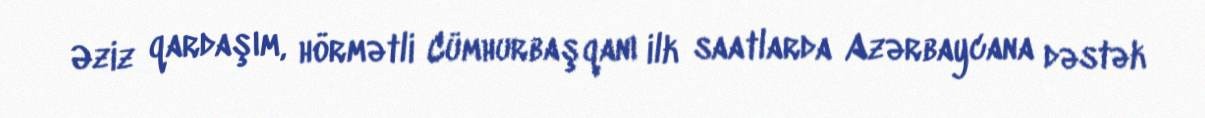
Əziz qardaşım, hörmətli Cümhurbaşqanı ilk saatlarda Azərbaycana dəstək